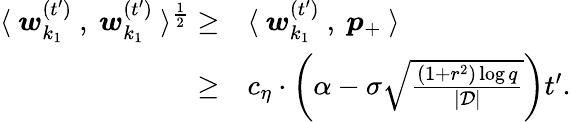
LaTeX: \begin{array}{rl}{\langle~{\boldsymbol w}_{k_{1}}^{(t^{\prime})}~,~{\boldsymbol w}_{k_{1}}^{(t^{\prime})}~\rangle^{\frac{1}{2}}\ge}&{\langle~{\boldsymbol w}_{k_{1}}^{(t^{\prime})}~,~{\boldsymbol p}_{+}~\rangle}\\ {\ge}&{c_{\eta}\cdot\bigg(\alpha-\sigma\sqrt{\frac{(1+r^{2})\log q}{|\mathcal{D}|}}\bigg)t^{\prime}.}\end{array}